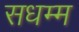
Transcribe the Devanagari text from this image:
सधम्म